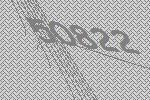
50822